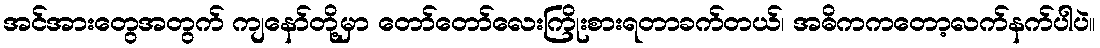
အင်အားတွေအတွက် ကျနော်တို့မှာ တော်တော်လေးကြိုးစားရတာခက်တယ်၊ အဓိကကတော့လက်နက်ပါပဲ။